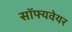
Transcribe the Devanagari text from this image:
सॉफ्यवेयर